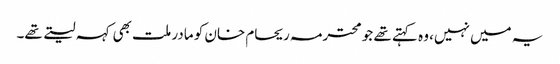
یہ میں نہیں، وہ کہتے تھے جو محترمہ ریحام خان کو مادر ملت بھی کہہ لیتے تھے۔